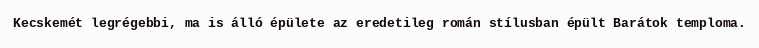
Kecskemét legrégebbi, ma is álló épülete az eredetileg román stílusban épült Barátok temploma.